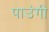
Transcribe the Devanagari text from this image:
पाउंगी